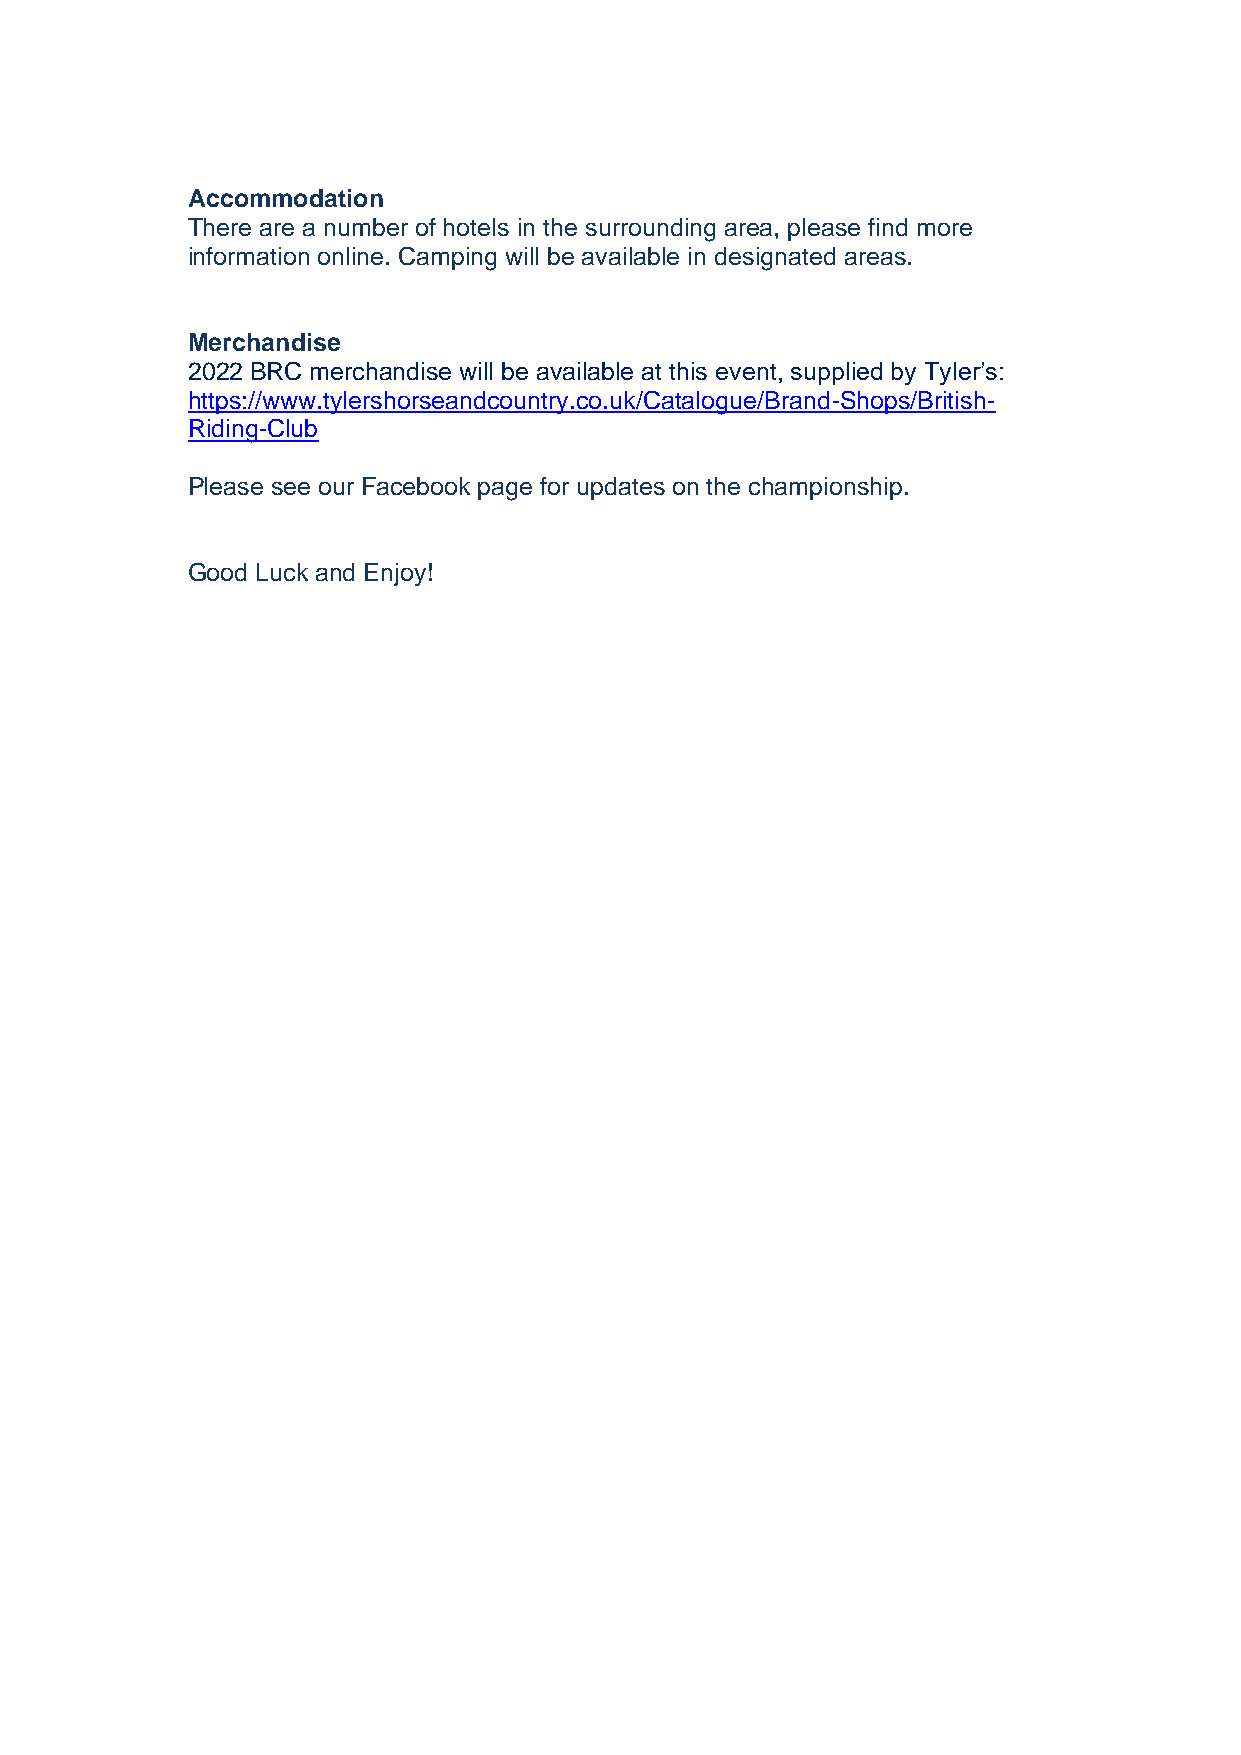
Accommodation
 There are a number of hotels in the surrounding area, please find more
 information online. Camping will be available in designated areas.
 Merchandise
 2022 BRC merchandise will be available at this event, supplied by Tyler’s:
 https://www.tylershorseandcountry.co.uk/Catalogue/Brand-Shops/British-
 Riding-Club
 Please see our Facebook page for updates on the championship.
 Good Luck and Enjoy!